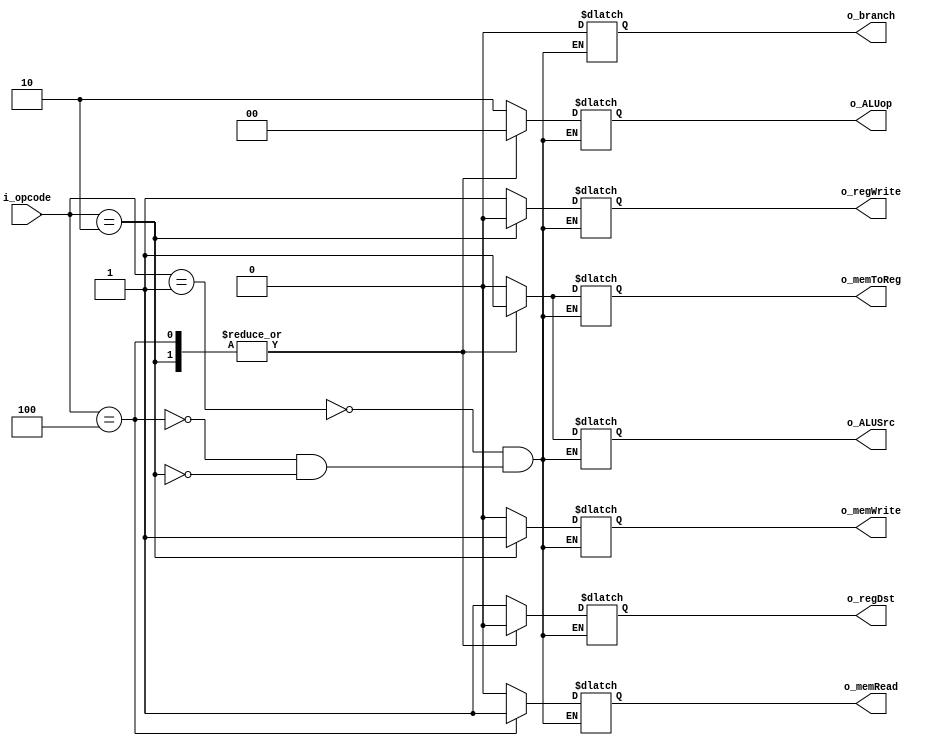
// Control unit
module controlUnit(
  o_regDst, 
  o_branch,
  o_regWrite, 
  o_ALUSrc, 
  o_ALUop, 
  o_memWrite, 
  o_memRead, 
  o_memToReg, 
  i_opcode 
  );
  
  output o_regDst, o_branch, o_regWrite;
  output o_ALUSrc, o_memWrite, o_memRead, o_memToReg;
  output[1:0] o_ALUop;
  input[5:0]  i_opcode;
  
  reg o_regDst, o_branch, o_regWrite;
  reg o_ALUSrc, o_memWrite, o_memRead, o_memToReg;
  reg[1:0] o_ALUop;
  
  parameter runAddIns = 6'b000_001;
  parameter runSwIns  = 6'b000_010;
  parameter runLwIns  = 6'b000_100;
  
  always@(i_opcode) begin
    case(i_opcode) 
runAddIns: begin
      o_regDst    = 1'b1;
      o_branch    = 1'b0;
      o_regWrite  = 1'b1;
      o_ALUSrc    = 1'b0;
      o_ALUop     = 2'b10;
      o_memWrite  = 1'b0;
      o_memRead   = 1'b0;
      o_memToReg  = 1'b0;
      end
runLwIns: begin
      o_regDst    = 1'b0;
      o_branch    = 1'b0;
      o_regWrite  = 1'b1;
      o_ALUSrc    = 1'b1;
      o_ALUop     = 2'b00;
      o_memWrite  = 1'b0;
      o_memRead   = 1'b1;
      o_memToReg  = 1'b1;
      end
runSwIns: begin  
      o_regDst    = 1'b0;
      o_branch    = 1'b0;
      o_regWrite  = 1'b0;
      o_ALUSrc    = 1'b1;
      o_ALUop     = 2'b00;
      o_memWrite  = 1'b1;
      o_memRead   = 1'b0;
      o_memToReg  = 1'b1;
      end
      // default??            
    endcase
  end
endmodule

// ALU control unit
module ALUcontrol(o_ALUcontrol, i_ALUop);
  output[3:0] o_ALUcontrol;
  input[1:0]  i_ALUop;
  
  reg[3:0] o_ALUcontrol;
  always@(i_ALUop)  // ALU only uses ADD operation 
  case(i_ALUop)
    2'b00: o_ALUcontrol = 4'b0101;
    2'b01: o_ALUcontrol = 4'b0101;
    2'b10: o_ALUcontrol = 4'b0101;
    2'b11: o_ALUcontrol = 4'b0101;
  endcase
endmodule

  // Branch Mux unit
module PCsrcSignal(o_PCsrc, i_branch, i_isZero);
  output o_PCsrc;
  input i_branch, i_isZero;

  assign o_PCsrc = i_branch & i_isZero;
endmodule